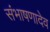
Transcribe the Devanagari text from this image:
संभाषणादेव